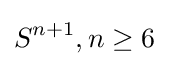
S^{n+1},n\geq 6